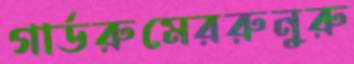
গার্ডরুমেররুনুরু